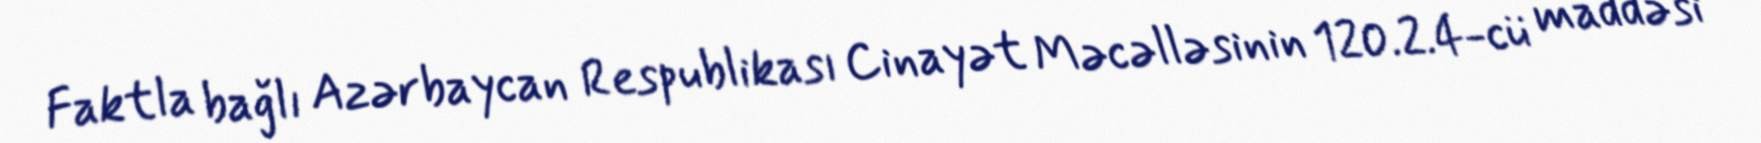
Faktla bağlı Azərbaycan Respublikası Cinayət Məcəlləsinin 120.2.4-cü maddəsi